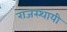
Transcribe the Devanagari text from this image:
राजस्थायी